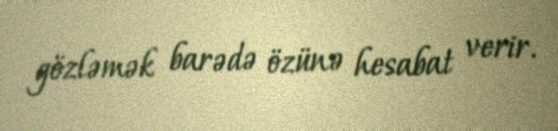
gözləmək barədə özünə hesabat verir.